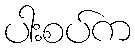
ပါးစပ်က